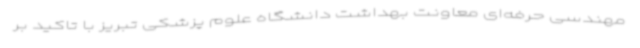
مهندسی حرفه‌ای معاونت بهداشت دانشگاه علوم پزشکی تبریز با تاکید بر